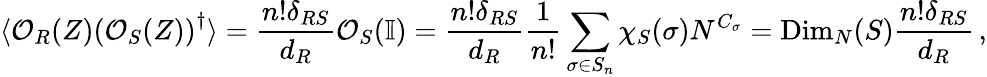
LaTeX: \langle\mathcal{O}_{R}(Z)\left(\mathcal{O}_{S}(Z)\right)^{\dagger}\rangle=\frac{n!\delta_{RS}}{d_{R}}\mathcal{O}_{S}(\mathbb{I})=\frac{n!\delta_{RS}}{d_{R}}\frac{1}{n!}\sum_{\sigma\in S_{n}}\chi_{S}(\sigma)N^{C_{\sigma}}=\mathrm{Dim}_{N}(S)\frac{n!\delta_{RS}}{d_{R}}\, ,